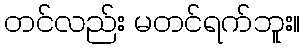
တင်လည်း မတင်ရက်ဘူး။